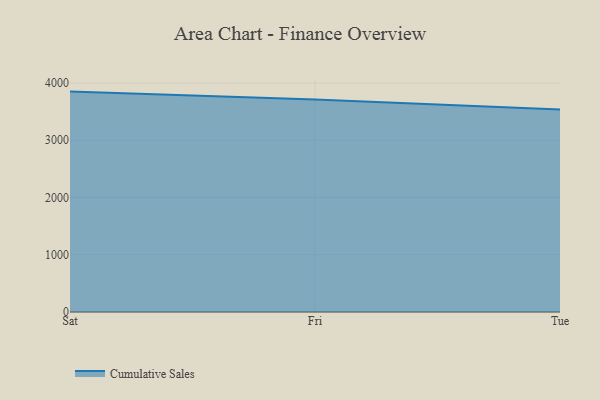
{"axis": {"x": "Day", "y": "Shipments"}, "legend": ["Cumulative Sales"], "data": [{"x": "Sat", "y": 3849.8, "type": "Cumulative Sales"}, {"x": "Fri", "y": 3713.4, "type": "Cumulative Sales"}, {"x": "Tue", "y": 3536.3, "type": "Cumulative Sales"}]}